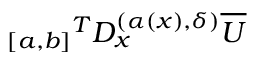
{ _ { [ a , b ] } } ^ { T } D _ { x } ^ { ( \alpha ( x ) , { \delta } ) } \overline { { U } }